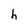
Character: h